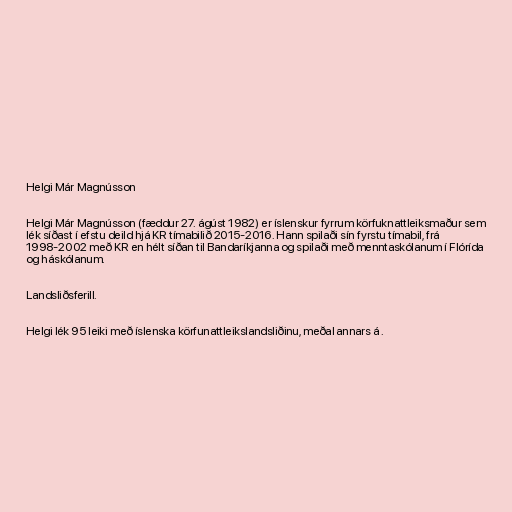
Helgi Már Magnússon

Helgi Már Magnússon (fæddur 27. ágúst 1982) er íslenskur fyrrum körfuknattleiksmaður sem
lék síðast í efstu deild hjá KR tímabilið 2015-2016. Hann spilaði sín fyrstu tímabil, frá
1998-2002 með KR en hélt síðan til Bandaríkjanna og spilaði með menntaskólanum í Flórída
og háskólanum.

Landsliðsferill.

Helgi lék 95 leiki með íslenska körfunattleikslandsliðinu, meðal annars á .